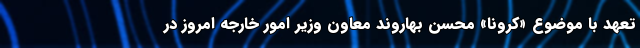
تعهد با موضوع «کرونا» محسن بهاروند معاون وزیر امور خارجه امروز در